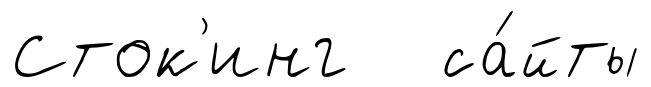
Сток'инг са́йты